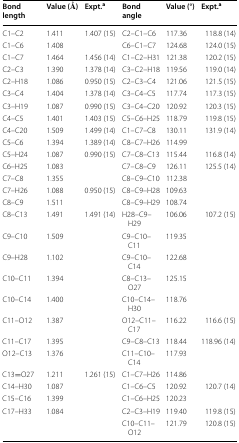
<table><thead><tr><td><b>Bond length</b></td><td><b>Value (Å)</b></td><td><b>Expt.<sup>a</sup></b></td><td><b>Bond angle</b></td><td><b>Value (°)</b></td><td><b>Expt.<sup>a</sup></b></td></tr></thead><tbody><tr><td>C1–C2</td><td>1.411</td><td>1.407 (15)</td><td>C2–C1–C6</td><td>117.36</td><td>118.8 (14)</td></tr><tr><td>C1–C6</td><td>1.408</td><td></td><td>C6–C1–C7</td><td>124.68</td><td>124.0 (15)</td></tr><tr><td>C1–C7</td><td>1.464</td><td>1.456 (14)</td><td>C1–C2–H31</td><td>121.38</td><td>120.2 (15)</td></tr><tr><td>C2–C3</td><td>1.390</td><td>1.378 (14)</td><td>C3–C2–H18</td><td>119.56</td><td>119.0 (14)</td></tr><tr><td>C2–H18</td><td>1.086</td><td>0.950 (15)</td><td>C2–C3–C4</td><td>121.06</td><td>121.5 (15)</td></tr><tr><td>C3–C4</td><td>1.404</td><td>1.378 (14)</td><td>C3–C4–C5</td><td>117.74</td><td>117.3 (15)</td></tr><tr><td>C3–H19</td><td>1.087</td><td>0.990 (15)</td><td>C3–C4–C20</td><td>120.92</td><td>120.3 (15)</td></tr><tr><td>C4–C5</td><td>1.401</td><td>1.403 (15)</td><td>C5–C6–H25</td><td>118.79</td><td>119.8 (15)</td></tr><tr><td>C4–C20</td><td>1.509</td><td>1.499 (14)</td><td>C1–C7–C8</td><td>130.11</td><td>131.9 (14)</td></tr><tr><td>C5–C6</td><td>1.394</td><td>1.389 (14)</td><td>C8–C7–H26</td><td>114.99</td><td></td></tr><tr><td>C5–H24</td><td>1.087</td><td>0.990 (15)</td><td>C7–C8–C13</td><td>115.44</td><td>116.8 (14)</td></tr><tr><td>C6–H25</td><td>1.083</td><td></td><td>C7–C8–C9</td><td>126.11</td><td>125.5 (14)</td></tr><tr><td>C7–C8</td><td>1.355</td><td></td><td>C8–C9–C10</td><td>112.38</td><td></td></tr><tr><td>C7–H26</td><td>1.088</td><td>0.950 (15)</td><td>C8–C9–H28</td><td>109.63</td><td></td></tr><tr><td>C8–C9</td><td>1.511</td><td></td><td>C8–C9–H29</td><td>108.74</td><td></td></tr><tr><td>C8–C13</td><td>1.491</td><td>1.491 (14)</td><td>H28–C9–H29</td><td>106.06</td><td>107.2 (15)</td></tr><tr><td>C9–C10</td><td>1.509</td><td></td><td>C9–C10–C11</td><td>119.35</td><td></td></tr><tr><td>C9–H28</td><td>1.102</td><td></td><td>C9–C10–C14</td><td>122.68</td><td></td></tr><tr><td>C10–C11</td><td>1.394</td><td></td><td>C8–C13–O27</td><td>125.15</td><td></td></tr><tr><td>C10–C14</td><td>1.400</td><td></td><td>C10–C14–H30</td><td>118.76</td><td></td></tr><tr><td>C11–O12</td><td>1.387</td><td></td><td>O12–C11–C17</td><td>116.22</td><td>116.6 (15)</td></tr><tr><td>C11–C17</td><td>1.395</td><td></td><td>C9–C8–C13</td><td>118.44</td><td>118.96 (14)</td></tr><tr><td>O12–C13</td><td>1.376</td><td></td><td>C11–C10–C14</td><td>117.93</td><td></td></tr><tr><td>C13=O27</td><td>1.211</td><td>1.261 (15)</td><td>C1–C7–H26</td><td>114.86</td><td></td></tr><tr><td>C14–H30</td><td>1.087</td><td></td><td>C1–C6–C5</td><td>120.92</td><td>120.7 (14)</td></tr><tr><td>C15–C16</td><td>1.399</td><td></td><td>C1–C6–H25</td><td>120.23</td><td></td></tr><tr><td rowspan="2">C17–H33</td><td rowspan="2">1.084</td><td rowspan="2"></td><td>C2–C3–H19</td><td>119.40</td><td>119.8 (15)</td></tr><tr><td>C10–C11–O12</td><td>121.79</td><td>120.8 (15)</td></tr></tbody></table>